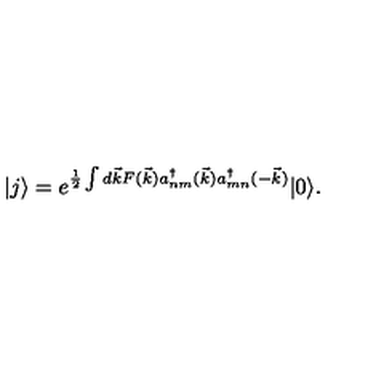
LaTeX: | j \rangle = e ^ { \frac { 1 } { 2 } \int d \vec { k } F ( \vec { k } ) a _ { n m } ^ { \dagger } ( \vec { k } ) a _ { m n } ^ { \dagger } ( - \vec { k } ) } | 0 \rangle .